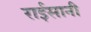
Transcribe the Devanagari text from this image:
राईसानी